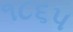
૧૮૬૫